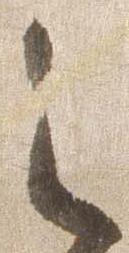
之